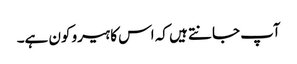
آپ جانتے ہیں کہ اس کا ہیرو کون ہے۔